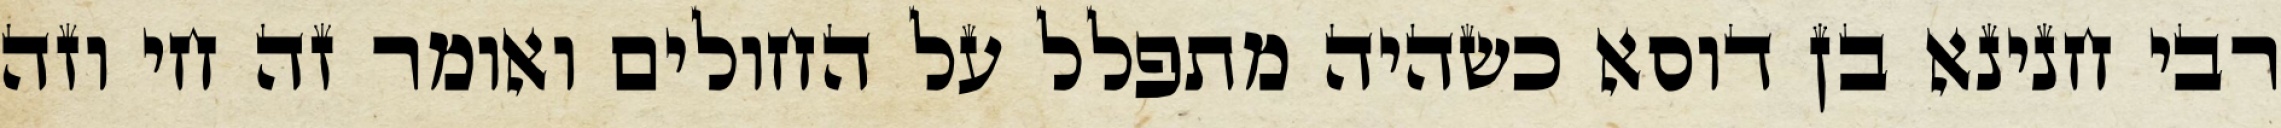
רבי חנינא בן דוסא כשהיה מתפלל על החולים ואומר זה חי וזה